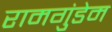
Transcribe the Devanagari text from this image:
रामगुंडेम